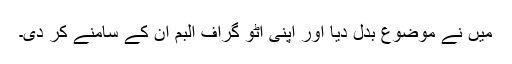
میں نے موضوع بدل دیا اور اپنی آٹو گراف البم ان کے سامنے کر دی۔